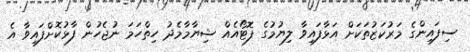
ސިފައިންގެ މަރުކަޒުތަކަށް އަޅާފައިވާ ލިޔުމުގެ ފޮޓޯއެއް ޝިޔާމާމެދު ހިތްހަމަ ނުޖެހުން ފާޅުކޮށްފައިވާ އެ